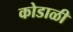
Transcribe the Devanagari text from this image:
कोडाळी